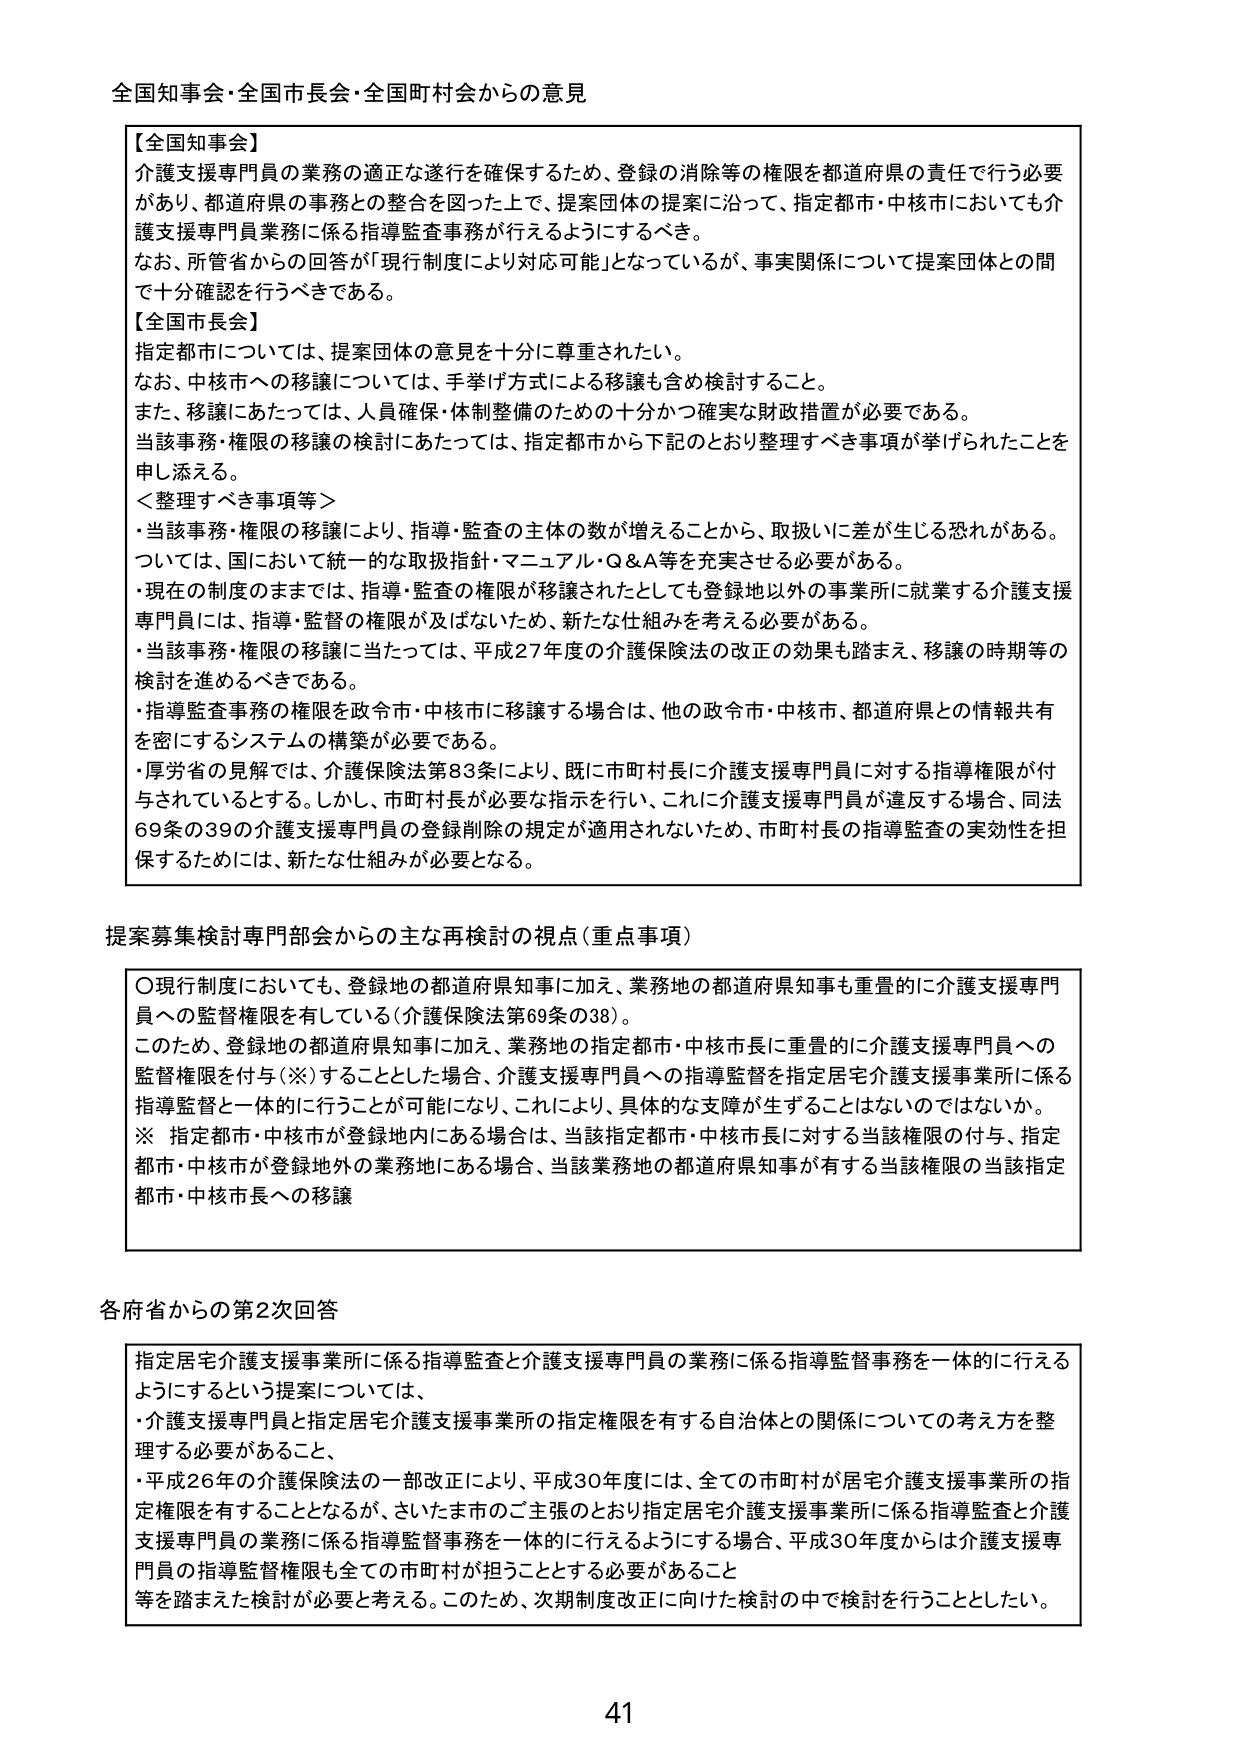
全国知事会・全国市長会・全国町村会からの意見

【全国知事会】
介護支援専門員の業務の適正な遂行を確保するため、登録の消除等の権限を都道府県の責任で行う必要があり、都道府県の事務との整合を図った上で、提案団体の提案に沿って、指定都市・中核市においても介護支援専門員業務に係る指導監査事務が行えるようにするべき。
なお、所管省からの回答が「現行制度により対応可能」となっているが、事実関係について提案団体との間で十分確認を行うべきである。

【全国市長会】
指定都市については、提案団体の意見を十分に尊重されたい。
なお、中核市への移譲については、手挙げ方式による移譲も含め検討すること。
また、移譲にあたっては、人員確保・体制整備のための十分かつ確実な財政措置が必要である。
当該事務・権限の移譲の検討にあたっては、指定都市から下記のとおり整理すべき事項が挙げられたことを申し添える。

＜整理すべき事項等＞
・当該事務・権限の移譲により、指導・監査の主体の数が増えることから、取扱いに差が生じる恐れがある。ついては、国において統一的な取扱指針・マニュアル・Q＆A等を充実させる必要がある。
・現在の制度のままでは、指導・監査の権限が移譲されたとしても登録地以外の事業所に就業する介護支援専門員には、指導・監督の権限が及ばないため、新たな仕組みを考える必要がある。
・当該事務・権限の移譲に当たっては、平成27年度の介護保険法の改正の効果も踏まえ、移譲の時期等の検討を進めるべきである。
・指導監査事務の権限を政令市・中核市に移譲する場合は、他の政令市・中核市、都道府県との情報共有を密にするシステムの構築が必要である。
・厚労省の見解では、介護保険法第83条により、既に市町村長に介護支援専門員に対する指導権限が付与されているとする。しかし、市町村長が必要な指示を行い、これに介護支援専門員が違反する場合、同法69条の39の介護支援専門員の登録削除の規定が適用されないため、市町村長の指導監査の実効性を担保するためには、新たな仕組みが必要となる。

提案募集検討専門部会からの主な再検討の視点（重点事項）

〇現行制度においても、登録地の都道府県知事に加え、業務地の都道府県知事も重畳的に介護支援専門員への監督権限を有している（介護保険法第69条の38）。
このため、登録地の都道府県知事に加え、業務地の指定都市・中核市長に重畳的に介護支援専門員への監督権限を付与（※）することとした場合、介護支援専門員への指導監督を指定居宅介護支援事業所に係る指導監督と一体的に行うことが可能になり、これにより、具体的な支障が生ずることはないのではないか。
※ 指定都市・中核市が登録地内にある場合は、当該指定都市・中核市長に対する当該権限の付与、指定都市・中核市が登録地外の業務地にある場合、当該業務地の都道府県知事が有する当該権限の当該指定都市・中核市長への移譲

各府省からの第2次回答

指定居宅介護支援事業所に係る指導監査と介護支援専門員の業務に係る指導監督事務を一体的に行えるようにするという提案については、
・介護支援専門員と指定居宅介護支援事業所の指定権限を有する自治体との関係についての考え方を整理する必要があること、
・平成26年の介護保険法の一部改正により、平成30年度には、全ての市町村が居宅介護支援事業所の指定権限を有することとなるが、さいたま市のご主張のとおり指定居宅介護支援事業所に係る指導監査と介護支援専門員の業務に係る指導監督事務を一体的に行えるようにする場合、平成30年度からは介護支援専門員の指導監督権限も全ての市町村が担うこととする必要があること
等を踏まえた検討が必要と考える。このため、次期制度改正に向けた検討の中で検討を行うこととしたい。

41